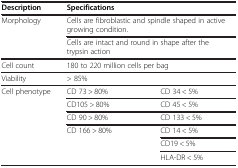
<table><thead><tr><td><b>Description</b></td><td colspan="2"><b>Specifications</b></td></tr></thead><tbody><tr><td rowspan="2">Morphology</td><td colspan="2">Cells are fibroblastic and spindle shaped in active growing condition.</td></tr><tr><td colspan="2">Cells are intact and round in shape after the trypsin action</td></tr><tr><td>Cell count</td><td colspan="2">180 to 220 million cells per bag</td></tr><tr><td>Viability</td><td colspan="2">&gt; 85%</td></tr><tr><td rowspan="6">Cell phenotype</td><td>CD 73 &gt; 80%</td><td>CD 34 &lt; 5%</td></tr><tr><td>CD105 &gt; 80%</td><td>CD 45 &lt; 5%</td></tr><tr><td>CD 90 &gt; 80%</td><td>CD 133 &lt; 5%</td></tr><tr><td rowspan="3">CD 166 &gt; 80%</td><td>CD 14 &lt; 5%</td></tr><tr><td>CD19 &lt; 5%</td></tr><tr><td>HLA-DR &lt; 5%</td></tr></tbody></table>